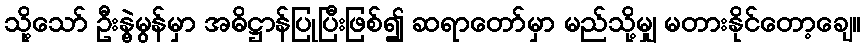
သို့သော် ဦးနွဲ့မွန်မှာ အဓိဋ္ဌာန်ပြုပြီးဖြစ်၍ ဆရာတော်မှာ မည်သို့မျှ မတားနိုင်တော့ချေ။